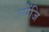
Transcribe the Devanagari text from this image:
ब्येंजि